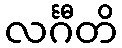
လင်္ဂီတိ